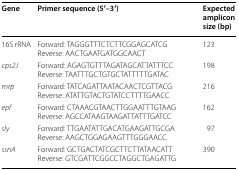
<table><thead><tr><td><b>Gene</b></td><td><b>Primer sequence (5′–3′)</b></td><td><b>Expected amplicon size (bp)</b></td></tr></thead><tbody><tr><td>16S rRNA</td><td>Forward: TAGGGTTTCTCTTCGGAGCATCGReverse: AACTGAATGATGGCAACT</td><td>123</td></tr><tr><td><i>cps2J</i></td><td>Forward: AGAGTGTTTAGATAGCATTATTTCCReverse: TAATTTGCTGTGCTATTTTTGATAC</td><td>198</td></tr><tr><td><i>mrp</i></td><td>Forward: TATCAGATTAATACAACTCGTTACGReverse: ATATTGTACTGTATCCTTTTGAACC</td><td>216</td></tr><tr><td><i>epf</i></td><td>Forward: CTAAACGTAACTTGGAATTTGTAAGReverse: AGCCATAAGTAAGATTATTTGATCC</td><td>162</td></tr><tr><td><i>sly</i></td><td>Forward: TTGAATATTGACATGAAGATTGCGAReverse: AAGCTGGAGAAGTTTGGGAACC</td><td>97</td></tr><tr><td><i>ssnA</i></td><td>Forward: GCTGACTATCGCTTCTTATAACATTReverse: GTCGATTCGGCCTAGGCTGAGATTG</td><td>390</td></tr></tbody></table>